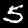
Label: 5